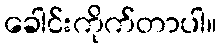
ခေါင်းကိုက်တာပါ။